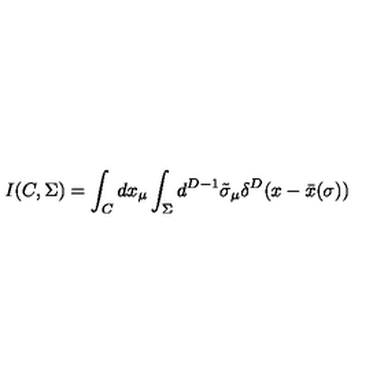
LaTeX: I ( C , \Sigma ) = \int _ { C } d x _ { \mu } \int _ { \Sigma } d ^ { D - 1 } \tilde { \sigma } _ { \mu } \delta ^ { D } ( x - \bar { x } ( \sigma ) )